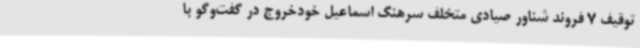
توقیف 7 فروند شناور صیادی متخلف سرهنگ اسماعیل خودخروج در گفت‌وگو با